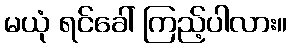
မယုံ ရင်ခေါ် ကြည့်ပါလား။